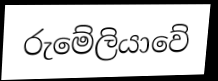
රුමේලියාවේ